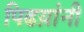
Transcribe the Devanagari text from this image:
पिढय़ांनी